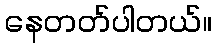
နေတတ်ပါတယ်။